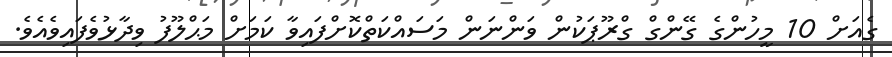
ގެއަށް 10 މީހުންގެ ގޭންގް ގްރޫޕަކުން ވަންނަން މަސައްކަތްކޮށްފައިވާ ކަމަށް މަޙްލޫފު ވިދާޅުވެފައިވެއެވެ.